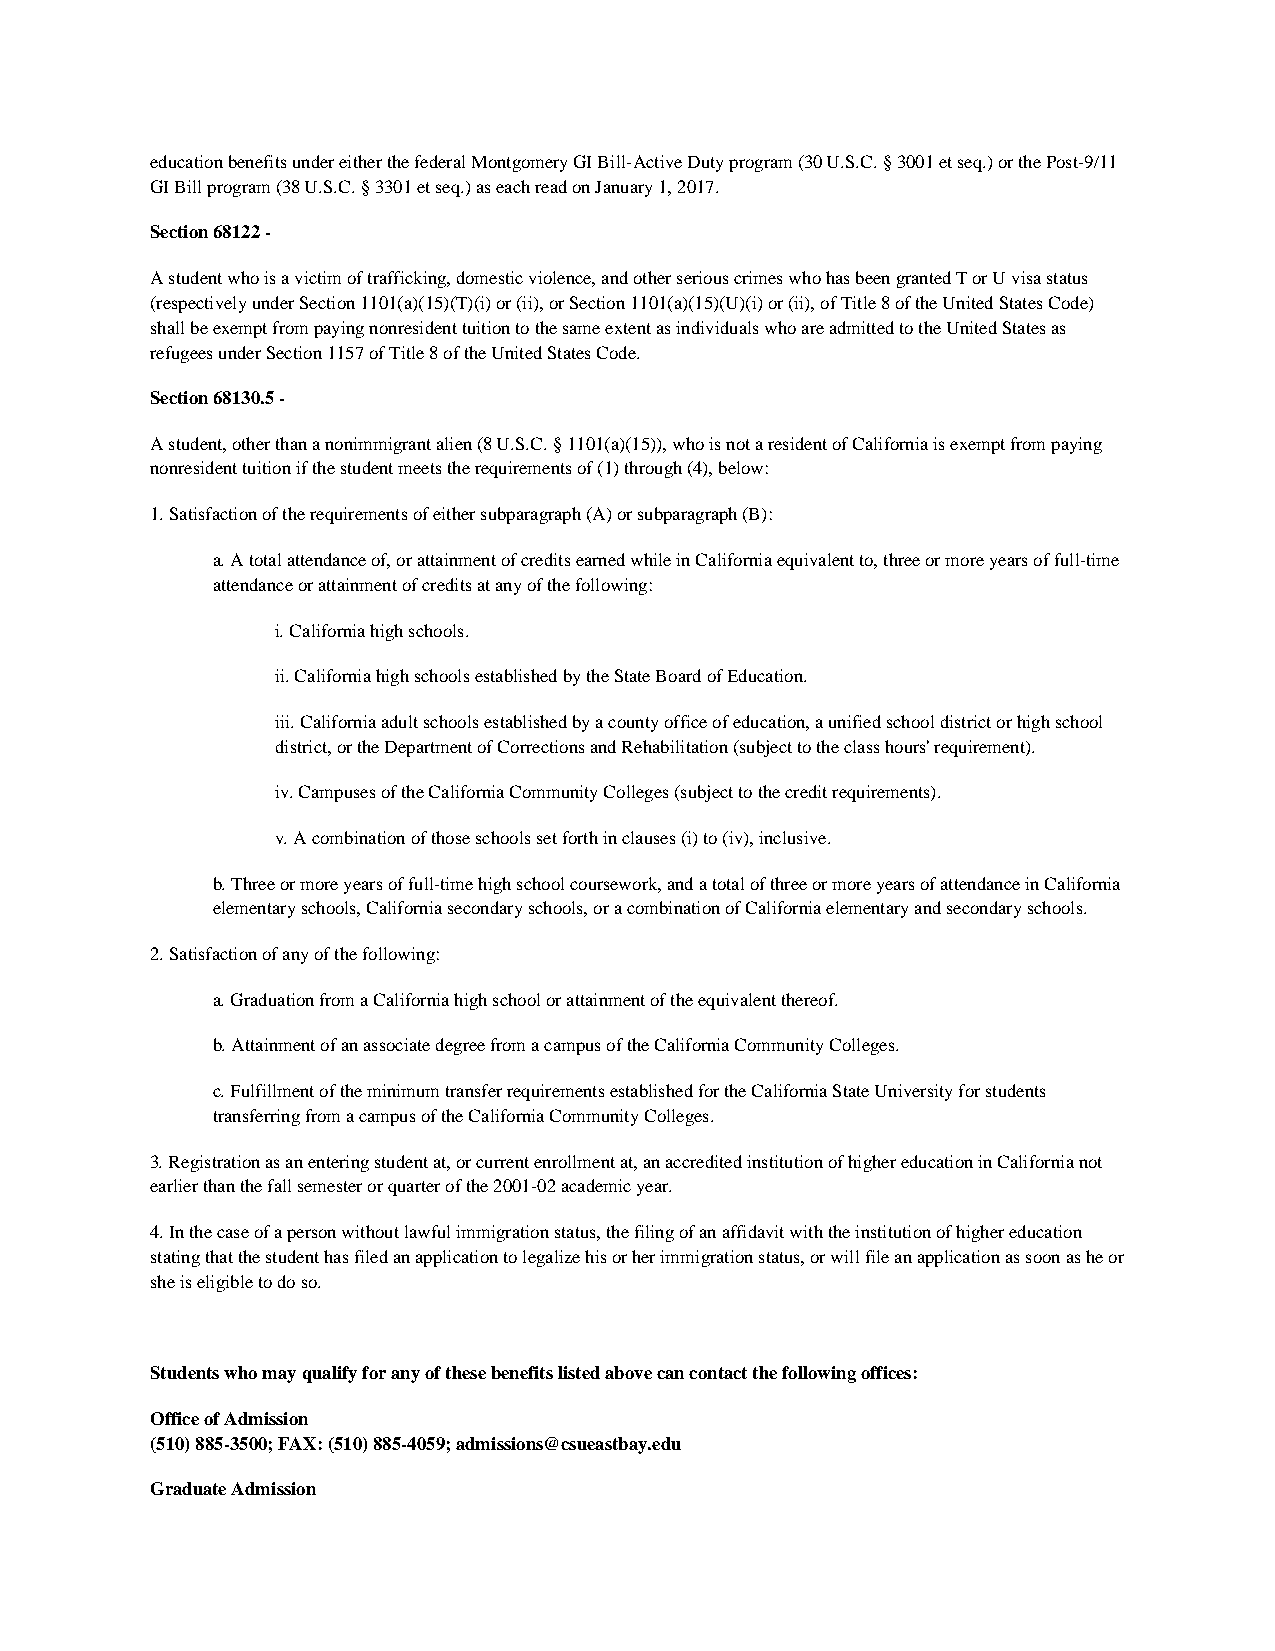
education benefits under either the federal Montgomery GI Bill-Active Duty program (30 U.S.C. § 3001 et seq.) or the Post-9/11
 GI Bill program (38 U.S.C. § 3301 et seq.) as each read on January 1, 2017.
 Section 68122 -
 A student who is a victim of trafficking, domestic violence, and other serious crimes who has been granted T or U visa status
 (respectively under Section 1101(a)(15)(T)(i) or (ii), or Section 1101(a)(15)(U)(i) or (ii), of Title 8 of the United States Code)
 shall be exempt from paying nonresident tuition to the same extent as individuals who are admitted to the United States as
 refugees under Section 1157 of Title 8 of the United States Code.
 Section 68130.5 -
 A student, other than a nonimmigrant alien (8 U.S.C. § 1101(a)(15)), who is not a resident of California is exempt from paying
 nonresident tuition if the student meets the requirements of (1) through (4), below:
 1. Satisfaction of the requirements of either subparagraph (A) or subparagraph (B):
 a. A total attendance of, or attainment of credits earned while in California equivalent to, three or more years of full-time
 attendance or attainment of credits at any of the following:
 i. California high schools.
 ii. California high schools established by the State Board of Education.
 iii. California adult schools established by a county office of education, a unified school district or high school
 district, or the Department of Corrections and Rehabilitation (subject to the class hours' requirement).
 iv. Campuses of the California Community Colleges (subject to the credit requirements).
 v. A combination of those schools set forth in clauses (i) to (iv), inclusive.
 b. Three or more years of full-time high school coursework, and a total of three or more years of attendance in California
 elementary schools, California secondary schools, or a combination of California elementary and secondary schools.
 2. Satisfaction of any of the following:
 a. Graduation from a California high school or attainment of the equivalent thereof.
 b. Attainment of an associate degree from a campus of the California Community Colleges.
 c. Fulfillment of the minimum transfer requirements established for the California State University for students
 transferring from a campus of the California Community Colleges.
 3. Registration as an entering student at, or current enrollment at, an accredited institution of higher education in California not
 earlier than the fall semester or quarter of the 2001-02 academic year.
 4. In the case of a person without lawful immigration status, the filing of an affidavit with the institution of higher education
 stating that the student has filed an application to legalize his or her immigration status, or will file an application as soon as he or
 she is eligible to do so.
 Students who may qualify for any of these benefits listed above can contact the following offices:
 Office of Admission
 (510) 885-3500; FAX: (510) 885-4059; admissions@csueastbay.edu
 Graduate Admission